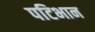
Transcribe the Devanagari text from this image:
पटिभान